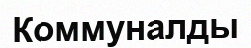
Коммуналды